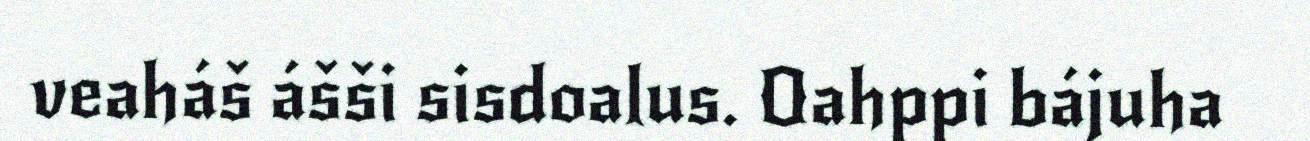
veaháš ášši sisdoalus. Oahppi bájuha